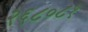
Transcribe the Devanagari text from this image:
२६८०८१